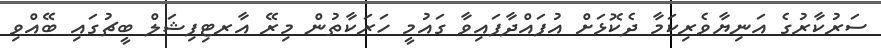
ސަރުކާރުގެ އަނިޔާވެރިކަމާ ދެކޮޅަށް އުފައްދާފައިވާ ގައުމީ ހަރަކާތުން މިރޭ އާރޓިފިޝަލް ބީޗުގައި ބޭއްވި